Investigations on Bengal jail dietaries - Number 37
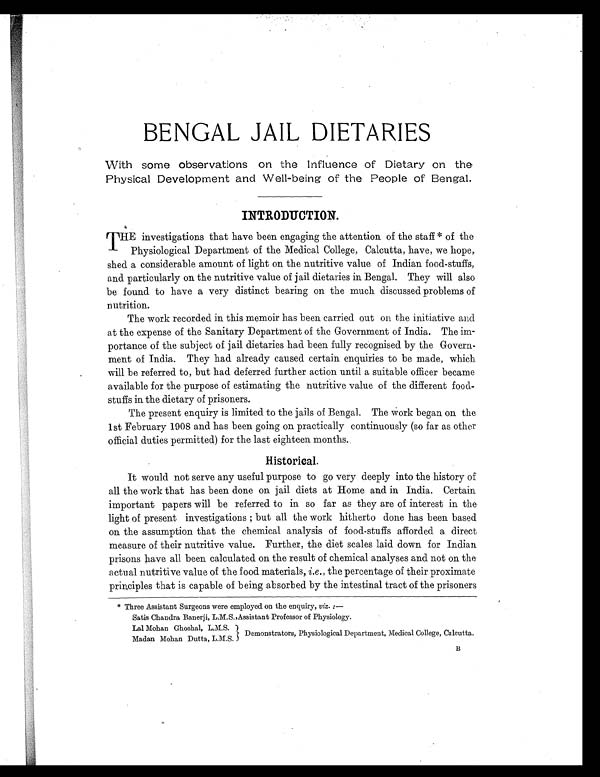
BENGAL JAIL DIETARIES
With some observations on the Influence of Dietary on the
Physical Development and Well-being of the People of Bengal.
INTRODUCTION.
T HE investigations that have been engaging the attention of the staff * of the
Physiological Department of the Medical College, Calcutta, have, we hope,
shed a considerable amount of light on the nutritive value of Indian food-stuffs,
and particularly on the nutritive value of jail dietaries in Bengal. They will also
be found to have a very distinct bearing on the much discussed problems of
nutrition.
The work recorded in this memoir has been carried out on the initiative and
at the expense of the Sanitary Department of the Government of India. The im-
portance of the subject of jail dietaries had been fully recognised by the Govern-
ment of India. They had already caused certain enquiries to be made, which.
will be referred to, but had deferred further action until a suitable officer became
available for the purpose of estimating the nutritive value of the different food-
stuffs in the dietary of prisoners.
The present enquiry is limited to the jails of Bengal. The Work began on the
1st February 1908 and has been going on practically continuously (so far as other
official duties permitted) for the last eighteen months..
Historical.
It would not serve any useful purpose to go very deeply into the history of
all the work that has been done on jail diets at Home and in India. Certain
important papers will be referred to in so far as they are of interest in the
light of present investigations ; but all the work hitherto done has been based
on the assumption that the chemical analysis of food-stuffs afforded a direct
measure of their nutritive value. Further, the diet scales laid down for Indian
prisons have all been calculated on the result of chemical analyses and not on the
actual nutritive value of the food materials, i.e., the percentage of their proximate
principles that is capable of being absorbed by the intestinal tract of the prisoners
* Thr ee As s i s t ant Sur geons wer e empl oyed on t he enqui r y, vi z. : —
Satis Chandra Banerji, L.M.S., Assistant Professor of Physiology.
Lal Mohan Ghoshal, L.M.S.
Demonstrators, Physiological Department, Medical College, Calcutta..
Madan Mohan Dutta, L.M.S.
B